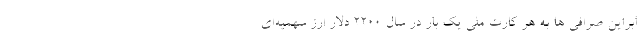
ابراین صرافی ها به هر کارت ملی یک بار در سال 2200 دلار ارز سهمیه‌ای